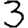
Digit: 3